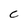
Character: C